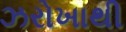
ઝરોખાથી